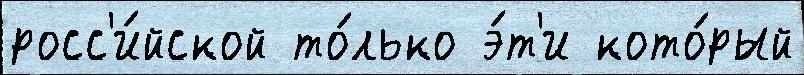
росс'и́йской то́лько э́т'и кото́рый